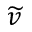
\widetilde { v }